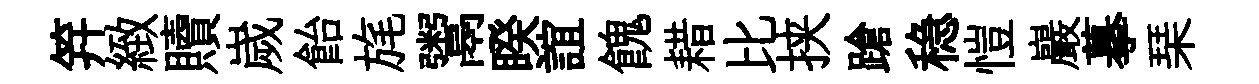
笄緻贖嵗飴旄鬻睽誼餽耤比挟蹌稳愷巖摹琹